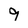
Character: 9